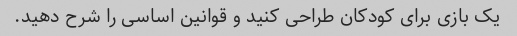
یک بازی برای کودکان طراحی کنید و قوانین اساسی را شرح دهید.